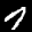
Label: 7